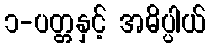
၁-ပတ္တနှင့် အဓိပ္ပါယ်